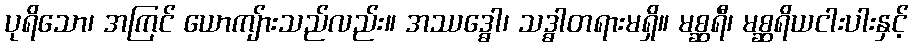
ပုရိသော၊ အကြင် ယောကျ်ားသည်လည်း။ အဿဒ္ဓေါ၊ သဒ္ဓါတရားမရှိ။ မစ္ဆရီ၊ မစ္ဆရိယငါးပါးနှင့်